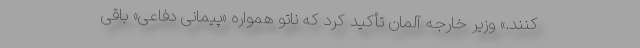
کنند.» وزیر خارجه آلمان تأکید کرد که ناتو همواره «پیمانی دفاعی» باقی